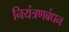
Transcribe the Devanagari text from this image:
नियंत्रणबंधन